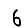
Digit: 6